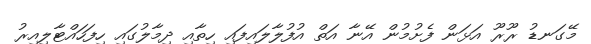
މޭގަނޑު ރޫރޫ އަޅަން ފެށުމުން އޭނާ އަތް އުފުލާލައިފައި ހިތާއި ދިމާލުގައި ހިފަހައްޓާލިއިރު